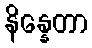
နိန္နေတာ